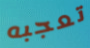
تعجبه